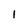
Character: 1